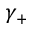
\gamma _ { + }